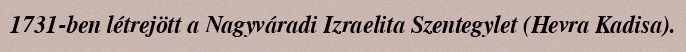
1731-ben létrejött a Nagyváradi Izraelita Szentegylet (Hevra Kadisa).